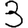
Digit: 3